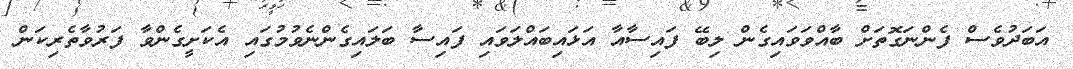
އަބަދުވެސް ފެންނަގޮތަށް ބާއްވަވައިގެން ލިބޭ ފައިސާއާ އަޅައިބައްލަވައި ފައިސާ ބަލައިގެންނެވުމުގައި އެކަށީގެންވާ ފަރުވާތެރިކަން